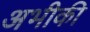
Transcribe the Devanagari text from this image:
अभीकी